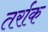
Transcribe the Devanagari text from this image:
तर्राक